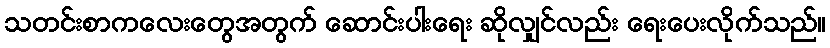
သတင်းစာကလေးတွေအတွက် ဆောင်းပါးရေး ဆိုလျှင်လည်း ရေးပေးလိုက်သည်။